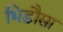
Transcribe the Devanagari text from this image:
भिड़ौसा